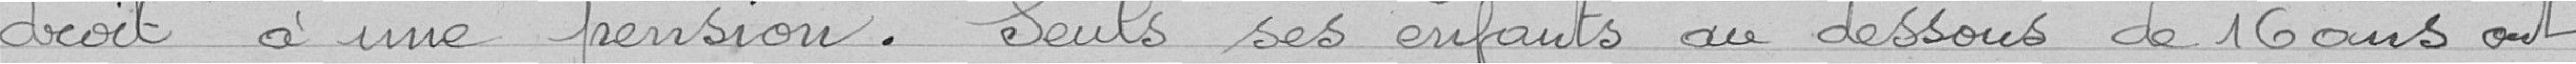
droit à une pension. Seuls ses enfants au dessous de 16 ans ont